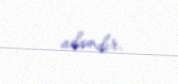
adamdır.